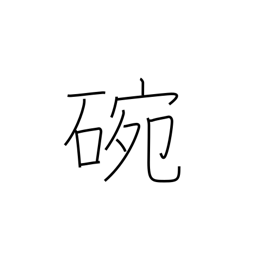
Meaning: porcelain bowl